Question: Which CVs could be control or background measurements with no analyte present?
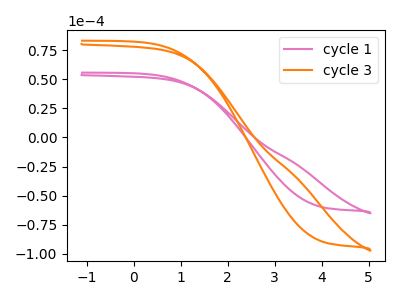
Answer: <think>The pink curve "cycle 1" has no peaks. The orange curve "cycle 3" has no peaks.</think>
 <answer>"cycle 1" and "cycle 3" are likely to be blanks.</answer>
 <eval>"cycle 1", "cycle 3"</eval>